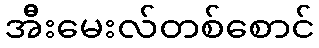
အီးမေးလ်တစ်စောင်